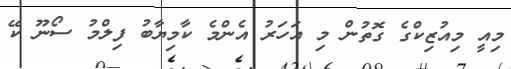
މިއީ މިއުޒިކްގެ ގޮތުން މި އަހަރު އެންމެ ކާމިޔާބު ފިލްމު ސޯނޫ ކޭ